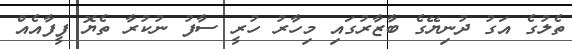
ތެލުގެ އަގު ދުނިޔޭގެ ބާޒާރުގައި މިހާރު ހުރީ ސާފު ނުކުރާ ތެޔޮ ފީފާއެއް